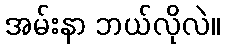
အမ်းနာ ဘယ်လိုလဲ။